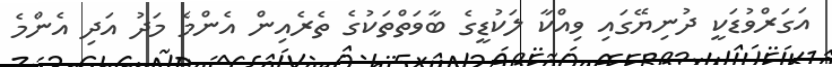
އަގަރްވުޑަކީ ދުނިޔޭގައި ވިއްކާ ލަކުޑީގެ ބާވަތްތަކުގެ ތެރެއިން އެންމެ މަދު އަދި އެންމެ